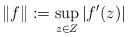
LaTeX: \begin{align*} \|f\| := \sup_{z\in Z}|f'(z)|\end{align*}